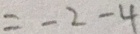
= - 2 - 4